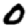
Digit: 0